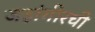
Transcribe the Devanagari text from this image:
जहांगीरची